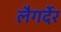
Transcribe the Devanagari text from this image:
लैगर्देर